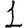
Digit: 1